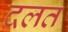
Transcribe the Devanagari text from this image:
दलत